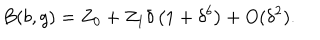
B ( b , g ) = Z _ { 0 } + Z _ { 1 } \delta \left( 1 + \delta ^ { b } \right) + O ( \delta ^ { 2 } ) .